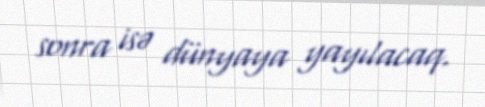
sonra isə dünyaya yayılacaq.